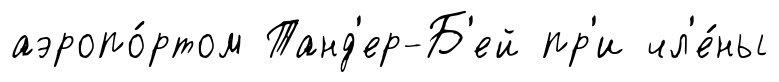
аэропо́ртом Танд'ер-Б'ей пр'и чл'е́ны